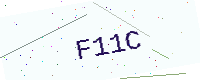
Text: F11C